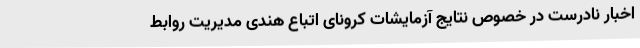
اخبار نادرست در خصوص نتایج آزمایشات کرونای اتباع هندی مدیریت روابط